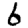
Digit: 6